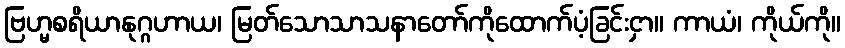
ဗြဟ္မစရိယာနုဂ္ဂဟာယ၊ မြတ်သောသာသနာတော်ကိုထောက်ပံ့ခြင်းငှာ။ ကာယံ၊ ကိုယ်ကို။